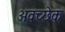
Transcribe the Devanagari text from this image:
अवच्छेक